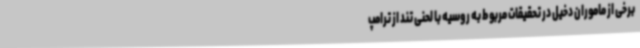
برخی از ماموران دخیل در تحقیقات مربوط به روسیه با لحنی تند از ترامپ